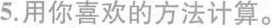
5.用你喜欢的方法计算。